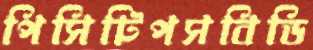
পিসিটিপসবিডি